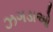
ઝગડાઓ